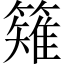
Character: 䉜